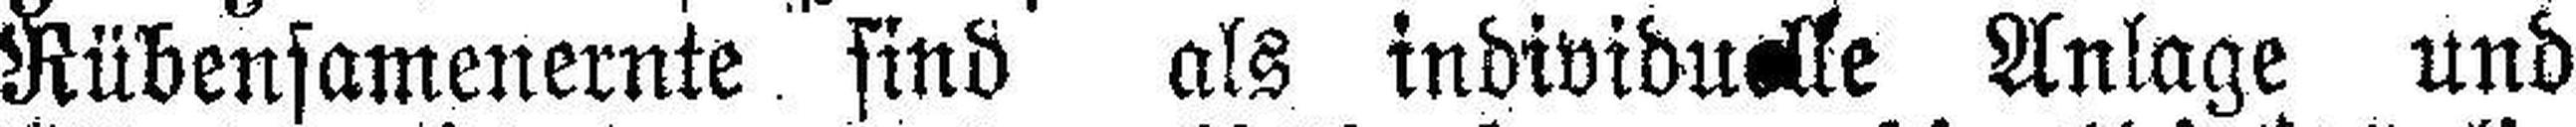
Rübensamenernte sind als individu###lle Anlage und